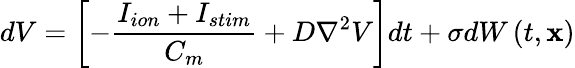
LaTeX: dV=\left[-\frac{I_{ion}+I_{stim}}{C_{m}}+D\mathrm{\nabla}^{2}V\right]dt+\sigma dW\left(t,\mathbf{x}\right)